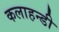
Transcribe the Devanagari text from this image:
कलाहन्डी